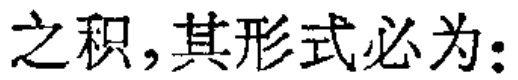
之积,其形式必为: